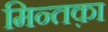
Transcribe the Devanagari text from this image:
मिन्तक़ा